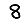
Digit: 8